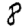
Digit: 8